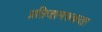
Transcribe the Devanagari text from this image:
प्रतिजागरुकता